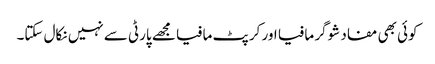
کوئی بھی مفاد شوگر مافیا اور کرپٹ مافیا مجھے پارٹی سے نہیں نکال سکتا۔